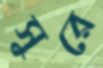
সুরে